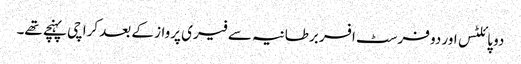
دو پائلٹس اور دو فرسٹ افسر برطانیہ سے فیری پرواز کے بعد کراچی پہنچے تھے۔